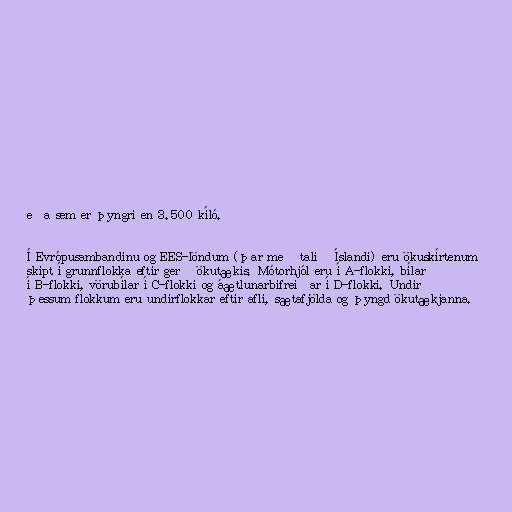
eða sem er þyngri en 3.500 kíló.

Í Evrópusambandinu og EES-löndum (þar með talið Íslandi) eru ökuskírtenum
skipt í grunnflokka eftir gerð ökutækis. Mótorhjól eru í A-flokki, bílar
í B-flokki, vörubílar í C-flokki og áætlunarbifreiðar í D-flokki. Undir
þessum flokkum eru undirflokkar eftir afli, sætafjölda og þyngd ökutækjanna.